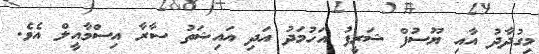
މިގުދާދު އާއި ޔޫސުފް ޝަރީފު އަހުމަދު އަދި އައިޝަތު ސާރާ އިސްމާއީލް އެވެ.